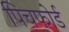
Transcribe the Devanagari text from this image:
पिचफोर्ड